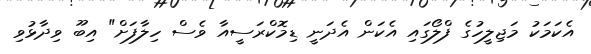
އެކަމަކު މަޖިލީހުގެ ފްލޯގައި އެކަން އެދަނީ ޑިމޮކްރަސީއާ ވެސް ހިލާފަށް" އިބޫ ވިދާޅުވި